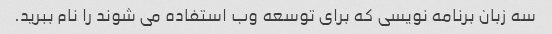
سه زبان برنامه نویسی که برای توسعه وب استفاده می شوند را نام ببرید.